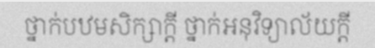
ថ្នាក់បឋមសិក្សាក្តី ថ្នាក់អនុវិទ្យាល័យក្តី